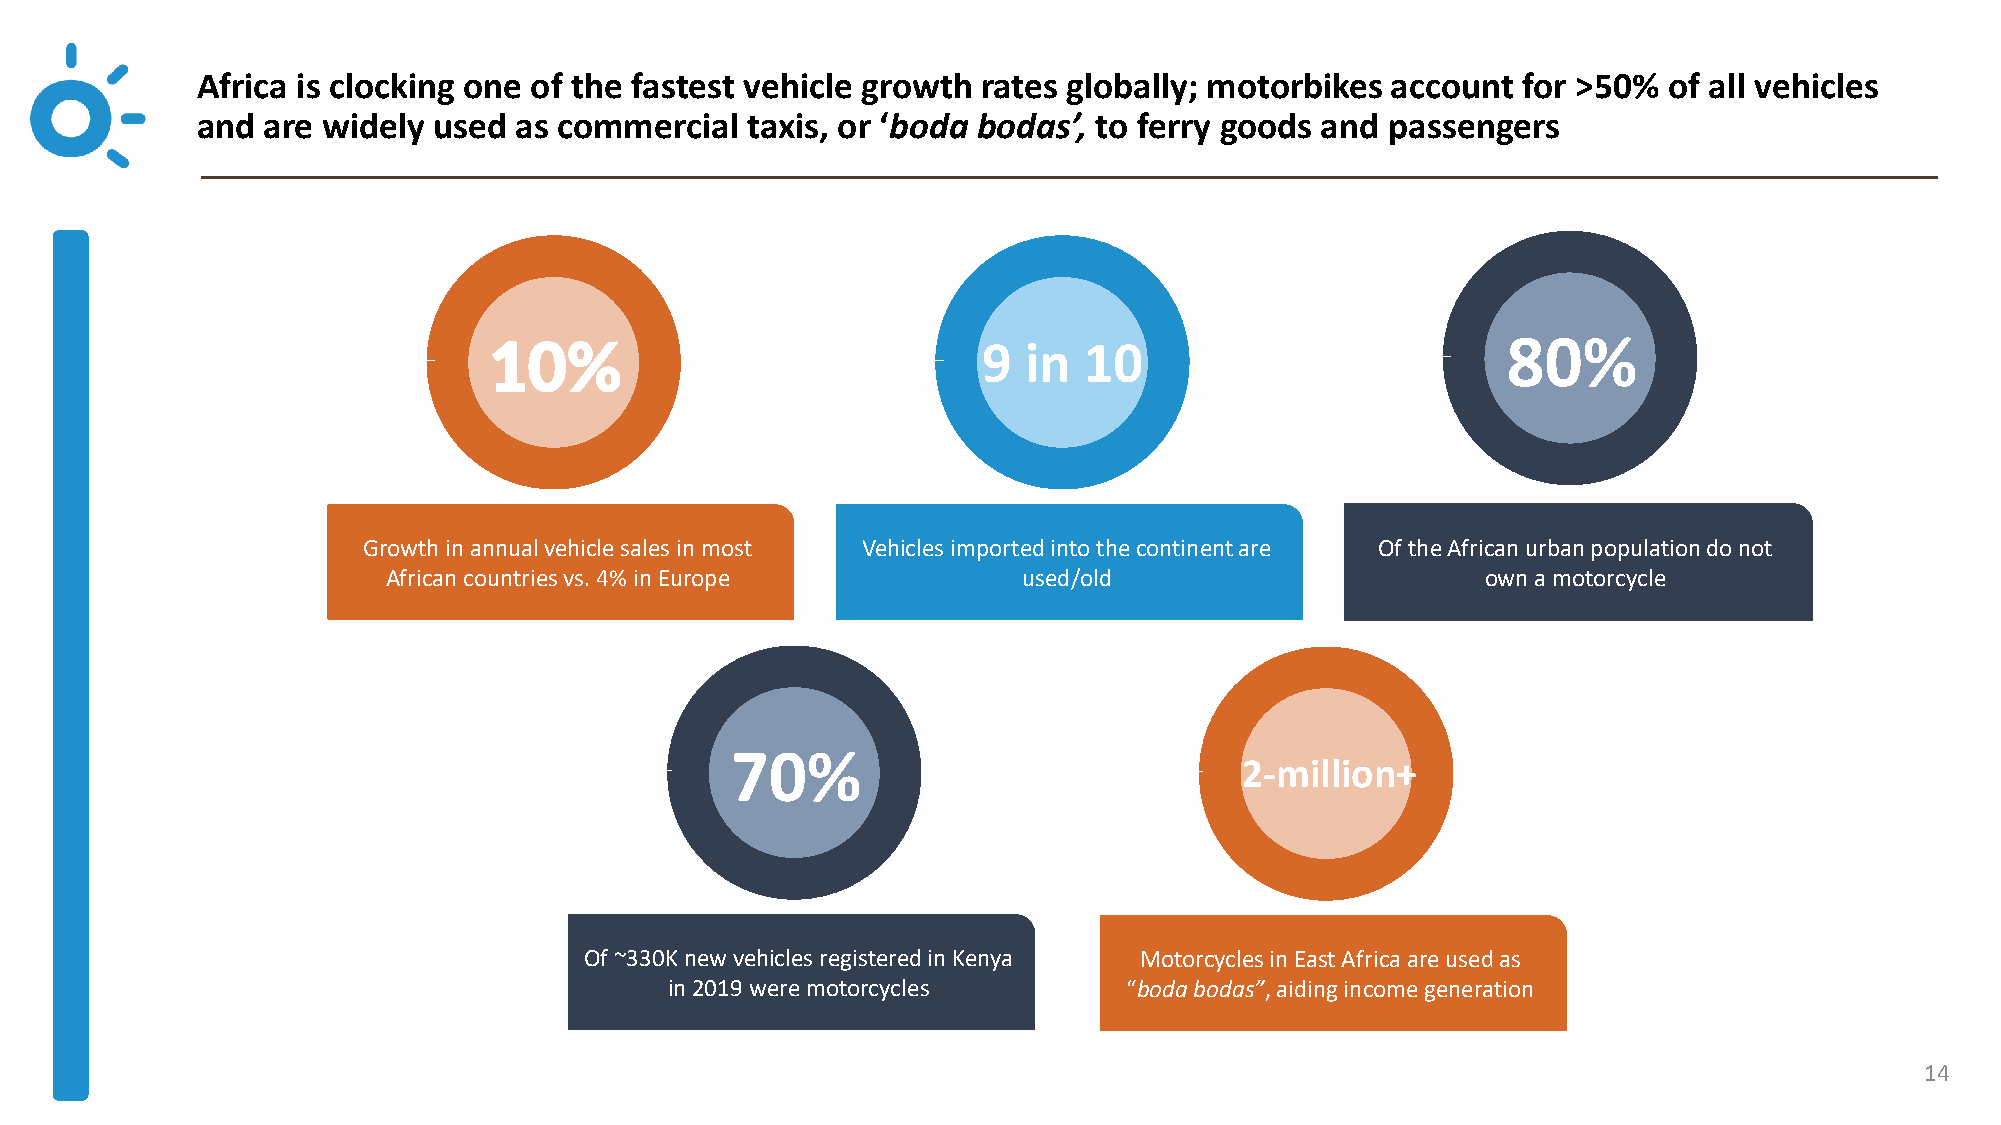
Africa is clocking one of the fastest vehicle growth rates globally; motorbikes account for >50% of all vehicles
 and are widely  used as commercial  taxis, or ‘boda bodas’, to ferry goods and passengers
 80%
 10%                              9  in  10
 Growth in annual vehicle sales in most Vehicles imported into the continent are Of the African urban population do not
 African countries vs. 4% in Europe        used/old                      own a motorcycle
 70%
 2-million+
 Of ~330K new vehicles registered in Kenya Motorcycles in East Africa are used as
 in 2019 were motorcycles       “bodabodas”, aiding income generation
 14